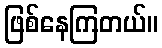
ဖြစ်နေကြတယ်။